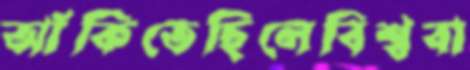
আঁকিতেছিলেবিশ্ববা